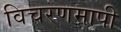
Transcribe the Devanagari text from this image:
विचरणमापी